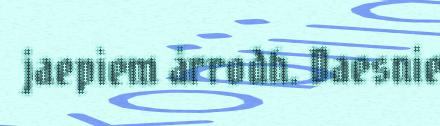
jaepiem årrodh. Daesnie